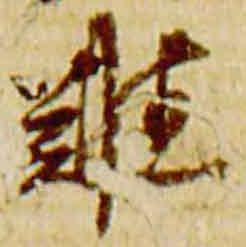
難